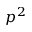
p ^ { 2 }